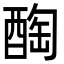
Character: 醄